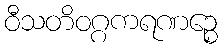
ဝီသတိဝဂ္ဂကရဏဉ္စေ